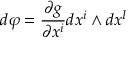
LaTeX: d { \varphi } = { \frac { \partial g } { \partial x ^ { i } } } d x ^ { i } \wedge d x ^ { I }